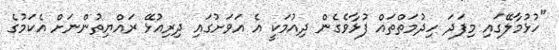
"ހުޅުމާލޭގައި މިފަދަ ހިދުމަތްތައް ފުޅާވެގެން ދިއުމަކީ އެ އަވަށުގައި ދިރިއުޅޭ ރައްޔިތުންނަށް އެކަމުގެ